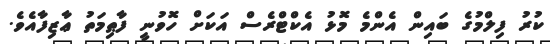
ކުރު ފިލްމުގެ ބައިން އެންމެ މޮޅު އެކްޓްރެސް އަކަށް ހޮވުނީ ފާޠިމަތު ޢާޒިފާއެވެ.